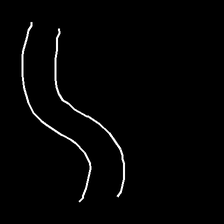
Glyph: float